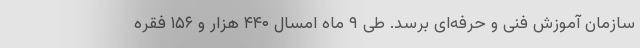
سازمان آموزش فنی و حرفه‌ای برسد. طی ۹ ماه امسال ۴۴۰ هزار و ۱۵۶ فقره